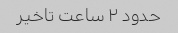
حدود ۲ ساعت تاخیر